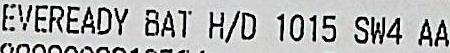
EVEREADY BAT H/D 1015 SW4 AA